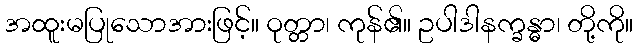
အထူးမပြုသောအားဖြင့်။ ဝုတ္တာ၊ ကုန်၏။ ဥပါဒါနက္ခန္ဓာ၊ တို့ကို။